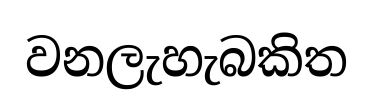
වනලැහැබකිත